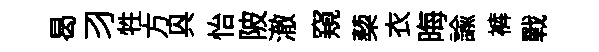
曷习牲方㒷怡陂澈窺蔾衣晦諭裤戰